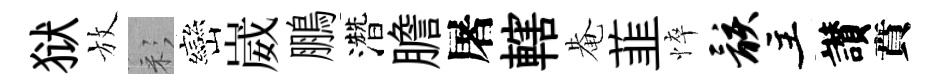
狱放彩巒崴鵬濳膽屠轄𤲅韮悴骸主讃賁